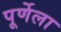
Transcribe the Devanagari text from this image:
पूर्णेला